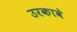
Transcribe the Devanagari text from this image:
उरकावे